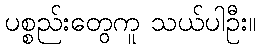
ပစ္စည်းတွေကူ သယ်ပါဦး။